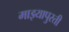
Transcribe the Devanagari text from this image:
माझ्यापुरती